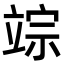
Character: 𥪗